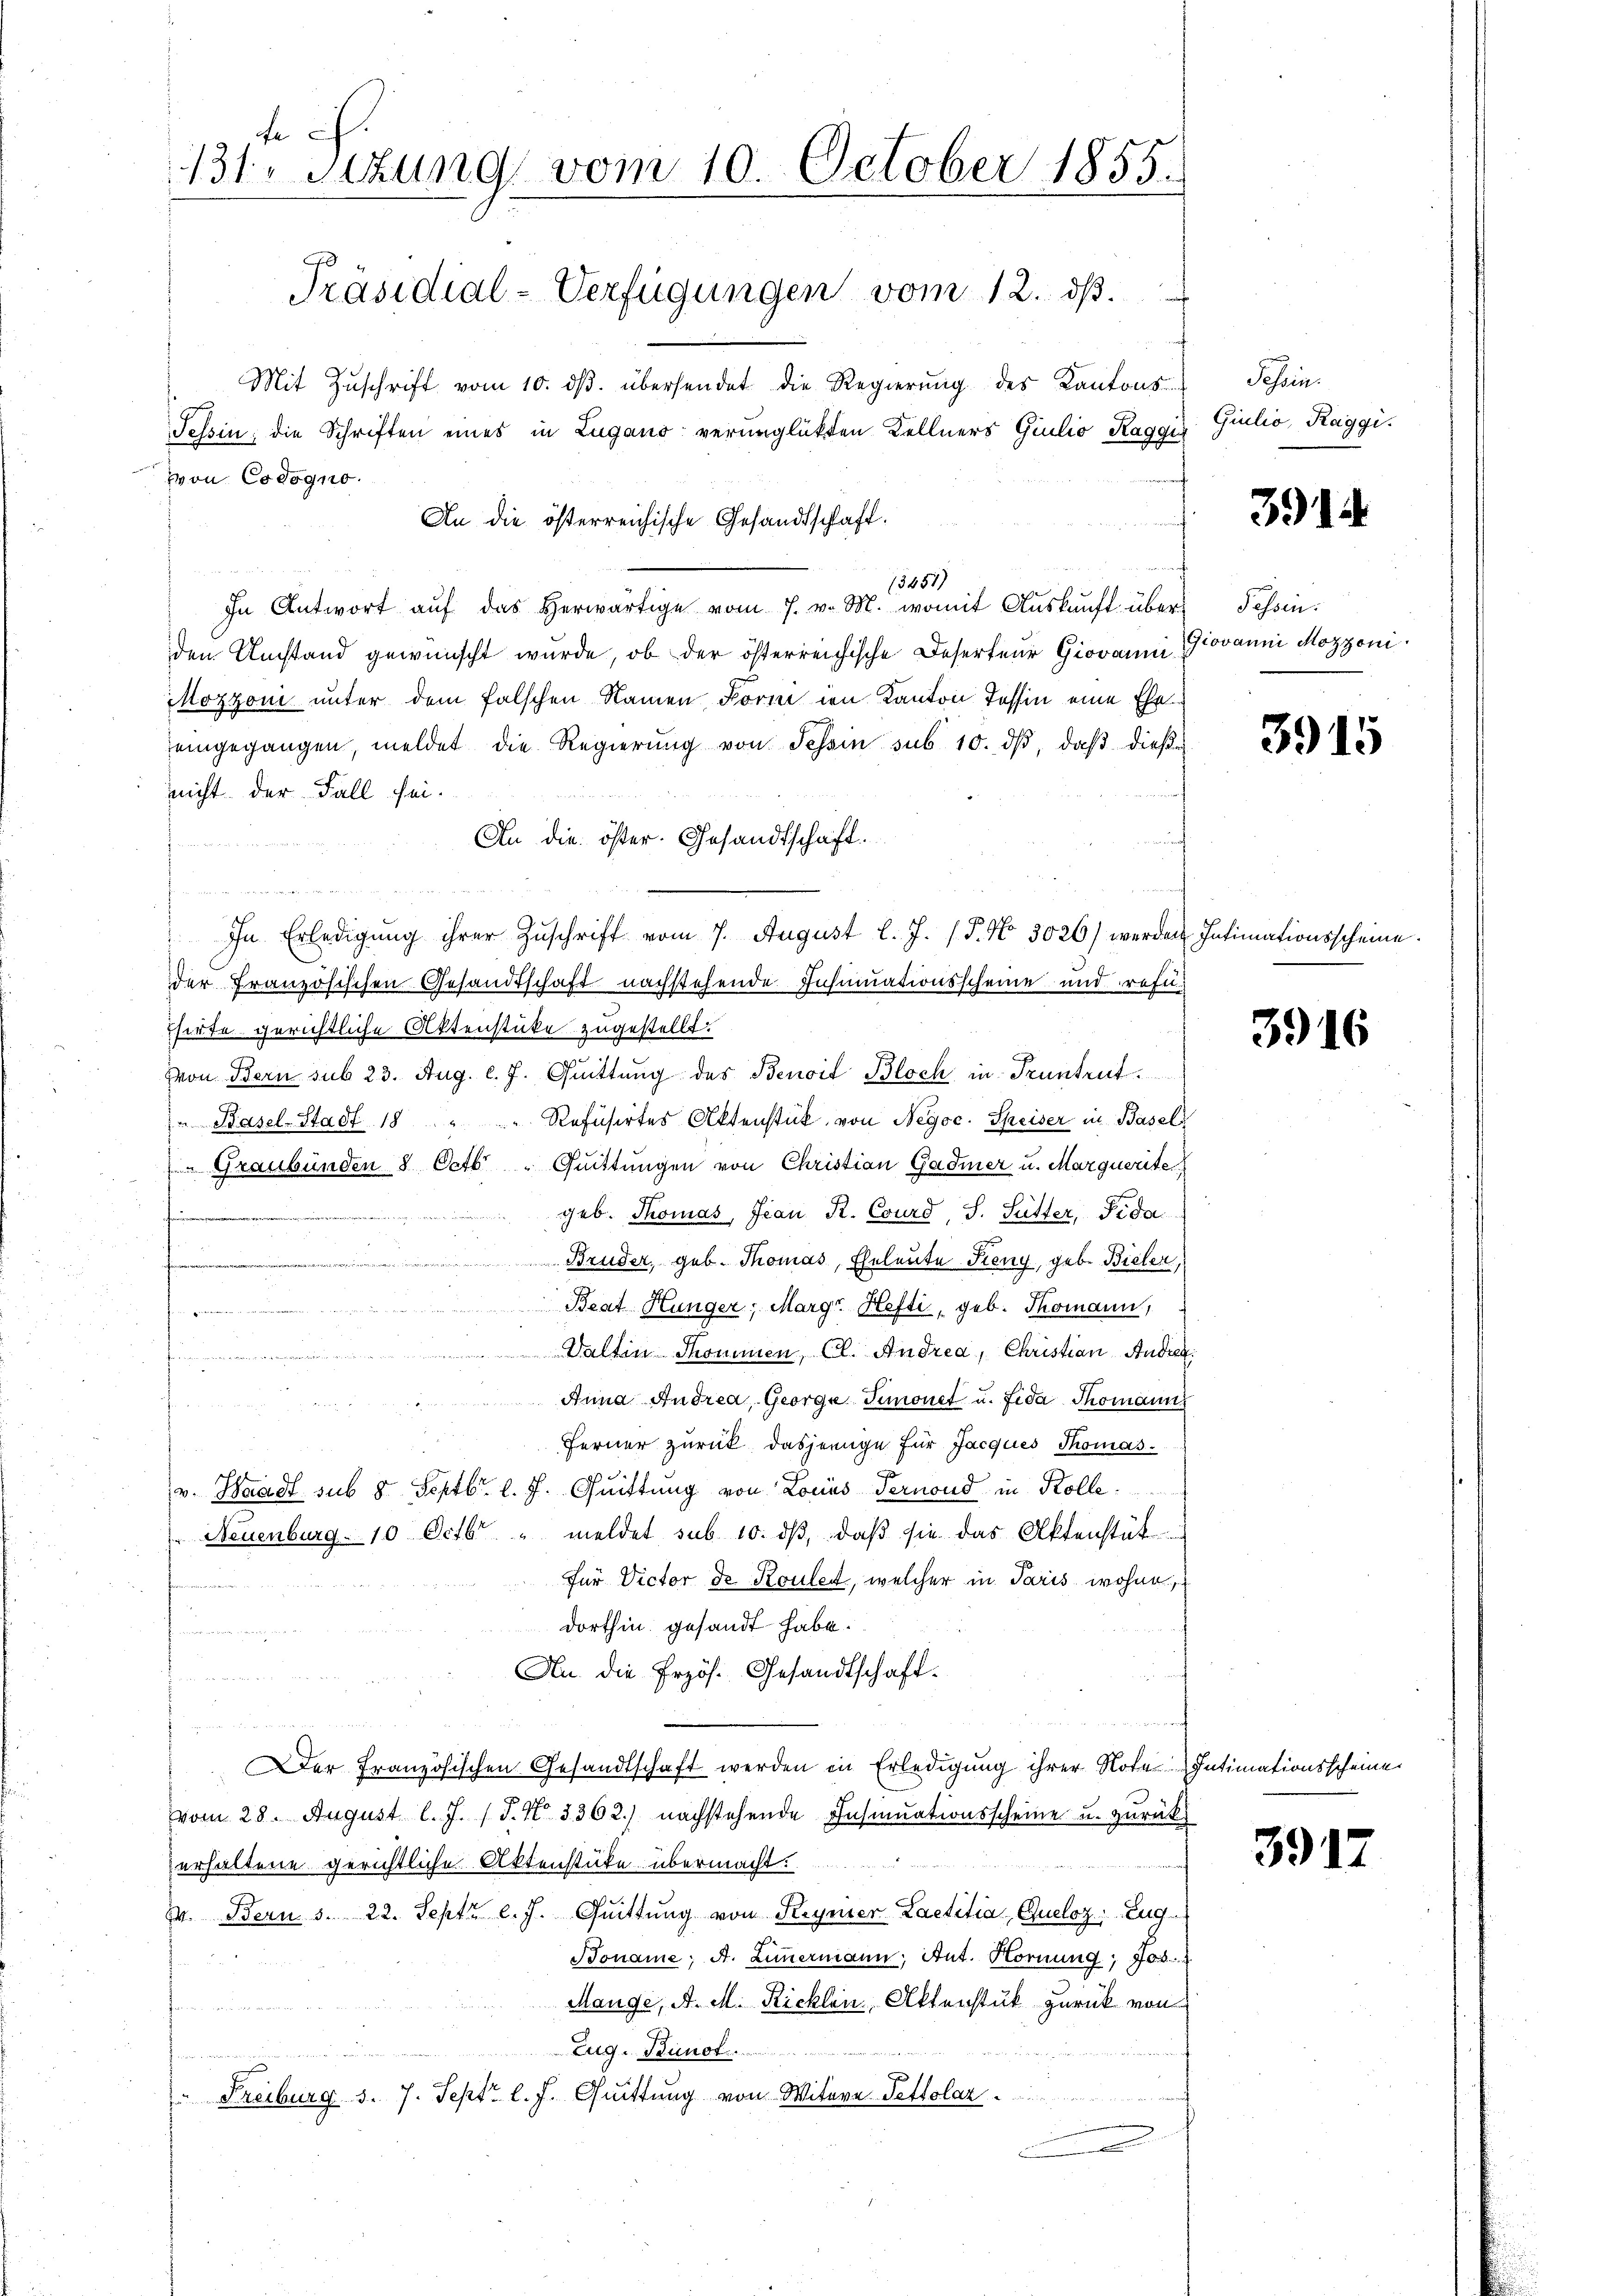
131 Stzung vom 10. October 1855.
Präsidial-Verfügungen vom 12. ds.

Mit Zuschrift vom 10. dβ. übersendet die Regierung des Kantons
Tessin; die Schriften eines in Lugano verunglükten Kellners Giulio Raggi
von Codogno.
13657)
In Antwort auf das herwärtige vom 7. v. M. womit Auskunft überden Umstand gewünscht wurde, ob der österreichische Deserteur Giovanni Jovanni Mozzoni
Mozzoni unter dem falschen Namen Form in Kanton Tessin eine Eheeingegangen, meldet die Regierŭng von Schein sub 10. dβ, daβ dieß-
nicht der Fall sei.
An die öster. Gesandtschaft.
u
In Erledigŭng ihrer Zŭschrift vom 7. August l. J. (T. No. 3026) werden Intimationsscheine.
der Französischen Gesandtschaft nachstehende Insinuationsscheine und refi¬
Thirte gerichtliche Aktenstüke zugestellt.
Von Bern sub 23. Aug. l. J. Quittung des Benoit Bloch in Pruntrut.
" Basel-Stadt 18 " " Refüsirtes Aktenstück von Negoc. Speiser in Basel
" Graubünden 8 Octb. " Quittungen von Christian Gadmer u. Marquerite
.geb. Thomas, Jean R. Courd, S. Sütter, Fida

 Bruder, geb. Thomas, Eheleute Keny, geb. Bieler,
Beat Hunger, Margr. Hefti, geb. Thomann,
e
Valtin Thommen, Cl. Andrea, Christian Ander
  wenn in
Anna Andrea, George Simonet u. Fida Thomann
h
Ferner zurück dasjenige für Jacques Thomas.
v. Waadt sub 8 Septbr. l. J. Quittung von Locus Pernond in Kolle.
Neuenburg. 10 Octbr. " meldet sub. 10. dβ, daß sie das Aktenstät
Für Victor de Rouler, welcher in Paris wohne
i
dorthin gesandt habe.
e
An die Erzös. Gesandtschaft.
hne
s
 wenn dienen
Der Französischen Gesandtschaft werden in Erledigung ihrer Note Intimationsscheine
vom 28. August l. J. J. No 3362) nachstehende Insinuationsscheine u. zurück
erhaltene gerichtliche Aktenstüke übermacht.
1. Bern. S. 22. Septr l. J. Quittung von Heymer-Laetitia, Chloz, Zug
Boname A. Zimmermann, Ant. Hornung,
Mange, A. M. Ricklen Aktenstük zurück von
Eug-Bunot
.
" Freiburg S. 7. Sept. l. J. Quittung von Witwre-Tettolar

An die österreichische Gesandtschaft.

Tessin.
Giulio, Raggi.

3914

Fessen.

3915

3916

3917